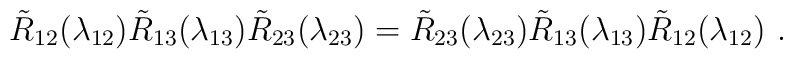
\tilde{R}_{12}(\lambda_{12})\tilde{R}_{13}(\lambda _{13})\tilde{R}_{23}(\lambda_{23})=\tilde{R}_{23}(\lambda_{23})\tilde{R}_{13}(\lambda _{13})\tilde{R}_{12}(\lambda_{12})\ .